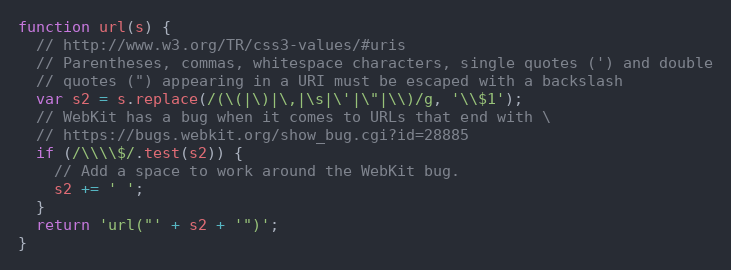
Language: JavaScript
function url(s) {
  // http://www.w3.org/TR/css3-values/#uris
  // Parentheses, commas, whitespace characters, single quotes (') and double
  // quotes (") appearing in a URI must be escaped with a backslash
  var s2 = s.replace(/(\(|\)|\,|\s|\'|\"|\\)/g, '\\$1');
  // WebKit has a bug when it comes to URLs that end with \
  // https://bugs.webkit.org/show_bug.cgi?id=28885
  if (/\\\\$/.test(s2)) {
    // Add a space to work around the WebKit bug.
    s2 += ' ';
  }
  return 'url("' + s2 + '")';
}